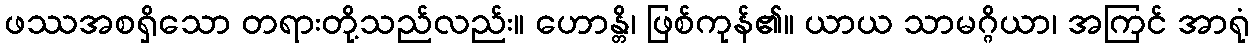
ဖဿအစရှိသော တရားတို့သည်လည်း။ ဟောန္တိ၊ ဖြစ်ကုန်၏။ ယာယ သာမဂ္ဂိယာ၊ အကြင် အာရုံ